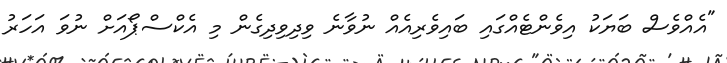
"އެއްވެސް ބަޔަކު އިވެންޓެއްގައި ބައިވެރިއެއް ނުވާނެ ވިދިވިދިގެން މި އެކްސްޕޯއަށް ނުވަ އަހަރު